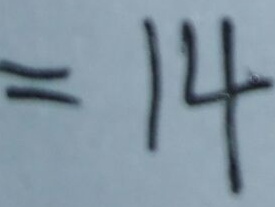
= 1 4